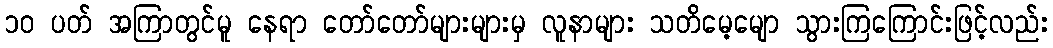
၁၀ ပတ် အကြာတွင်မူ နေရာ တော်တော်များများမှ လူနာများ သတိမေ့မျော သွားကြကြောင်းဖြင့်လည်း